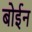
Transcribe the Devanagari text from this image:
बोईन